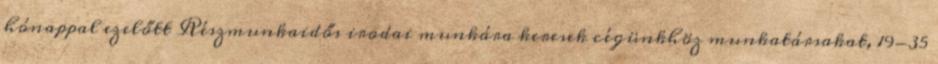
hónappal ezelőtt Részmunkaidős irodai munkára keresek cégünkhöz munkatársakat, 19-35